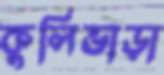
কুলিভাড়া